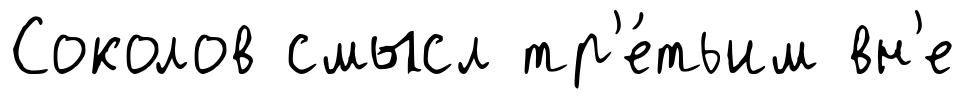
Соколов смысл тр'е́тьим вн'е